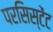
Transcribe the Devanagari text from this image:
परसिस्टेंट